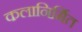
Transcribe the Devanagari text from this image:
कलानिर्मित